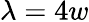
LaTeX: \lambda=4w